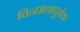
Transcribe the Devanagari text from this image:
विनम्रतापुर्वक